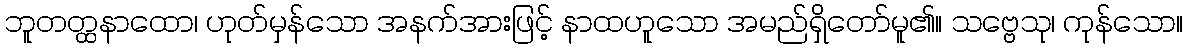
ဘူတတ္ထနာထော၊ ဟုတ်မှန်သော အနက်အားဖြင့် နာထဟူသော အမည်ရှိတော်မူ၏။ သဗ္ဗေသု၊ ကုန်သော။